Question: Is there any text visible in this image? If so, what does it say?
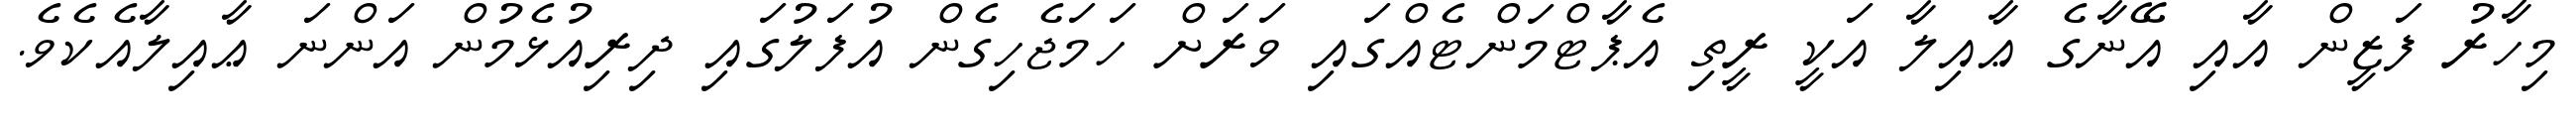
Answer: މިހާރު ފަޒީން އާއި އޭނާގެ ޢާއިލާ އަކީ ރީތި އެޕާޓްމަންޓެއްގައި ވަރަށް ހަމަޖެހިގެން އުފަލުގައި ދިރިއުޅެމުން އަންނަ ޢާއިލާއެކެވެ.